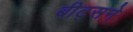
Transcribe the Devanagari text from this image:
बीट्सने